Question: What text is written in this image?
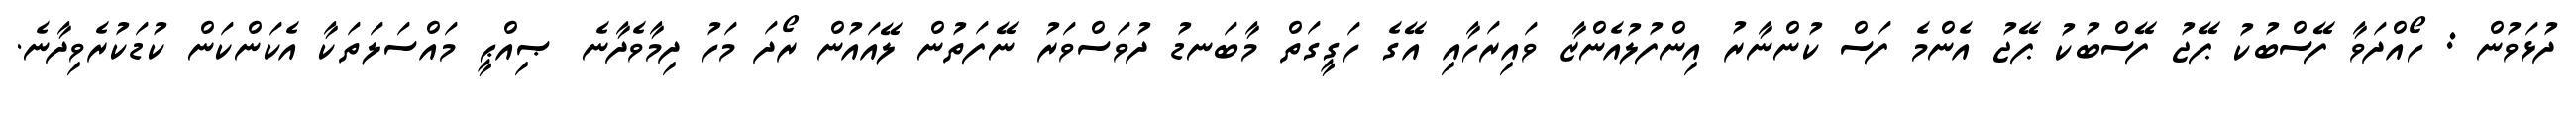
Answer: ދުޅަވުން : ހޯއްދަވާ ފޭސްބުކު ޕޭޖު ފޭސްބުކު ޕޭޖު އެންމެ ފަސް ކުންނާރު އިންފުލުއެންޒާ ވައިރަހާއި އޭގެ ހަގީގަތް މާބަނޑު ދުވަސްވަރު ނޭފަތުން ލޭއައުން ރޯދަ މަހު ދިމާވެދާނެ ޞިއްޙީ މައްސަލަތަކާ އެކަންކަން ކުޑަކުރެވިދާނެ.